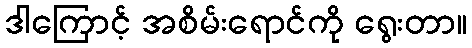
ဒါကြောင့် အစိမ်းရောင်ကို ရွေးတာ။